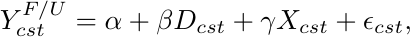
\begin{equation*}
    Y_{cst}^{F/U} = \alpha + \beta D_{cst} + \gamma X_{cst} + \epsilon_{cst},
\end{equation*}